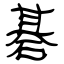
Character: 碁